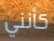
كأنني